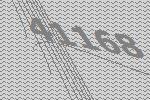
41168